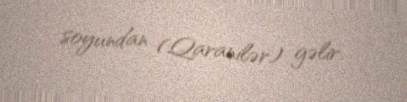
soyundan (Qaranilər) gəlir.